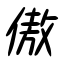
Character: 傲